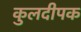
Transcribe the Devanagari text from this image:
कुलदीपक